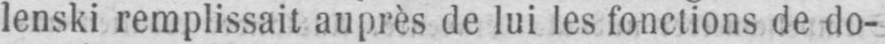
lenski remplissait auprès de lui les fonctions de do-